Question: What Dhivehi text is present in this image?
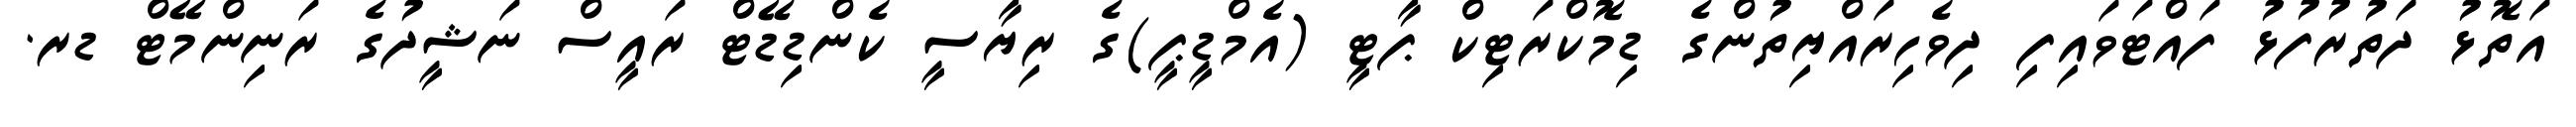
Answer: އަތޮޅު ދަތުރުފުޅު ފައްޓަވައިފި ދިވެހިރައްޔިތުންގެ ޑިމޮކްރަޓިކް ޕާޓީ (އެމްޑީޕީ)ގެ ރިޔާސީ ކެންޑިޑޭޓް ރައީސް ނަޝީދުގެ ރަނިންމޭޓް ޑރ.